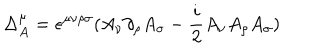
\Delta _ { A } ^ { \mu } = \epsilon ^ { \mu \nu \rho \sigma } ( A _ { \nu } \partial _ { \rho } A _ { \sigma } - { \frac { i } { 2 } } A _ { \nu } A _ { \rho } A _ { \sigma } )